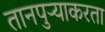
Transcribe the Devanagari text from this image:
तानपुऱ्याकरता